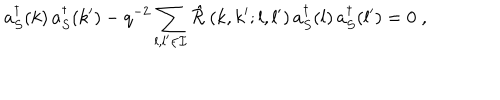
a _ { S } ^ { \dagger } ( k ) \, a _ { S } ^ { \dagger } ( k ^ { \prime } ) - q ^ { - 2 } \sum _ { l , l ^ { \prime } \in { \cal I } } { \hat { \cal R } } \left( k , k ^ { \prime } ; l , l ^ { \prime } \right) a _ { S } ^ { \dagger } ( l ) \, a _ { S } ^ { \dagger } ( l ^ { \prime } ) = 0 \; ,